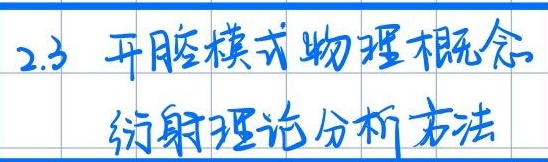
2.3 开腔模式物理概念——衍射理论分析方法